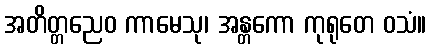
အတိတ္တညေဝ ကာမေသု၊ အန္တကော ကုရုတေ ဝသံ။